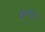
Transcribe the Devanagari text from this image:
गावऽ